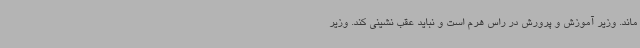
ماند. وزیر آموزش و پرورش در راس هرم است و نباید عقب نشینی کند. وزیر